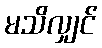
မသိလျှင်